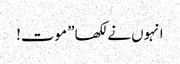
انہوں نے لکھا” موت!